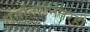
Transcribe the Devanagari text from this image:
धर्मांतरानंतरही